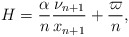
\begin{align*}H=\frac{\alpha}{n}\frac{\nu_{n+1}}{x_{n+1}}+\frac{\varpi}{n},\end{align*}